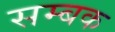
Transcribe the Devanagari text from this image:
सम्बक